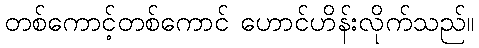
တစ်ကောင့်တစ်ကောင် ဟောင်ဟိန်းလိုက်သည်။